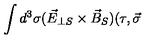
\int d ^ { 3 } \sigma ( \vec { E } _ { \perp S } \times \vec { B } _ { S } ) ( \tau , \vec { \sigma }